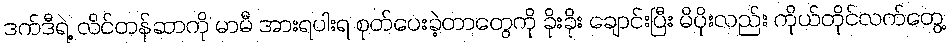
ဒက်ဒီရဲ့ လိင်တန်ဆာကို မာမီ အားရပါးရ စုတ်ပေးခဲ့တာတွေကို ခိုးခိုး ချောင်းပြီး မိပိုးလည်း ကိုယ်တိုင်လက်တွေ့